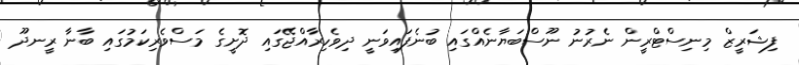
ފިޝަރީޒް މިނިސްޓްރީން ނެރުނު ނޫސްބަޔާނެއްގައި ބުނެފައިވަނީ ދިވެހިރާއްޖޭގައި ދޮށީގެ މަސްވެރިކަމުގައި ބާނާ ރީނދޫ